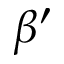
\beta ^ { \prime }